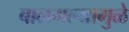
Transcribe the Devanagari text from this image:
बाळगल्यामुळे